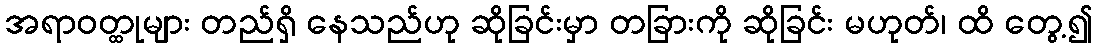
အရာဝတ္ထုများ တည်ရှိ နေသည်ဟု ဆိုခြင်းမှာ တခြားကို ဆိုခြင်း မဟုတ်၊ ထိ တွေ့၍